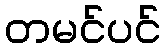
တမင်ပင်